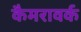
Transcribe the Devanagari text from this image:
कैमरावर्क